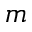
m